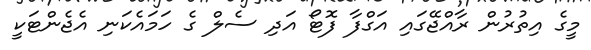
މީގެ އިތުރުން ރާއްޖޭގައި އަގްފާ ފޮޓޯ އަދި ސެލް ގެ ހަމައެކަނި އެޖެންޓަކީ